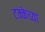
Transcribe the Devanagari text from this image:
टक्केच्या